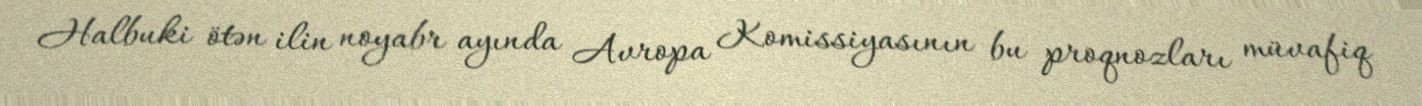
Halbuki ötən ilin noyabr ayında Avropa Komissiyasının bu proqnozları müvafiq